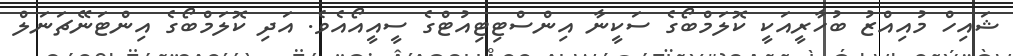
ޝައިހް މުއިއްޒު ބުހާރީއަކީ ކޮލަމްބޯގެ ސަކީނާ އިންސްޓިޓިއުޓްގެ ސީއީއޯއެވެ. އަދި ކޮލަމްބޯގެ އިންޓަނޭޗަނަލް